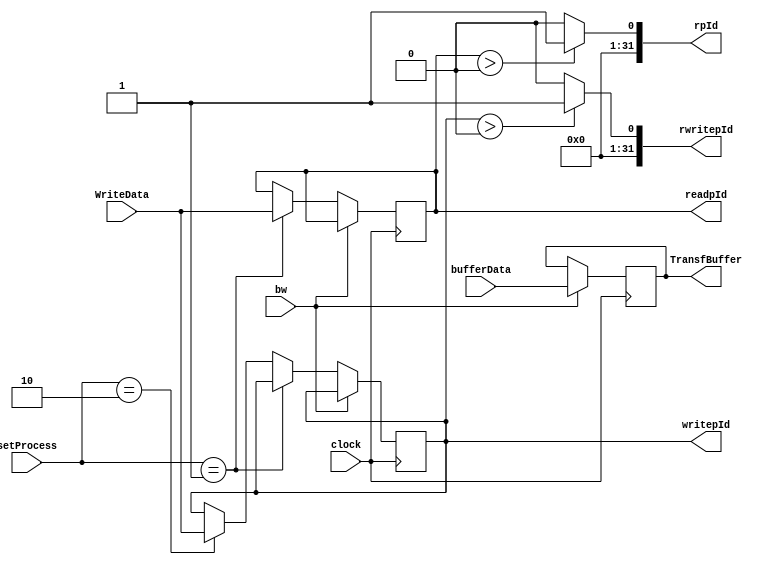
module BufferBank #(parameter DATA_WIDTH=32, parameter ADDR_WIDTH=32)
(WriteData, clock, readpId, writepId, rpId, rwritepId, setProcess, TransfBuffer, bufferData, bw); 

	input signed [(DATA_WIDTH-1):0] WriteData, bufferData;
	input clock, bw;
	input [1:0] setProcess;
	output [(DATA_WIDTH-1):0] readpId, writepId, rpId, rwritepId;
	
	reg [(DATA_WIDTH-1):0] ReadProcessId;
	reg [(DATA_WIDTH-1):0] WriteProcessId;
	output reg [(DATA_WIDTH-1):0] TransfBuffer;
	
	initial
	begin: INIT
		ReadProcessId <= 0; 
		WriteProcessId <= 0;
		TransfBuffer <= 0;
	end
	
	always @(posedge clock)
	begin
		if( bw )
			TransfBuffer <= bufferData;
		else if( setProcess == 2'b01 )
			ReadProcessId <= WriteData;
		else if( setProcess == 2'b10 )
			WriteProcessId <= WriteData;
		else
		begin
		end
	end
		
	assign readpId = ReadProcessId;
	assign writepId = WriteProcessId;
	assign rpId = ReadProcessId > 0 ? 1 : 0;
	assign rwritepId = WriteProcessId > 0 ? 1 : 0;
		
endmodule